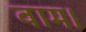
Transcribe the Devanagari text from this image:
वाम।